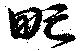
甿